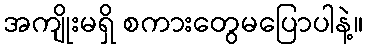
အကျိုးမရှိ စကားတွေမပြောပါနဲ့။